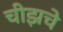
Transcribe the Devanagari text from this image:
चीझचे